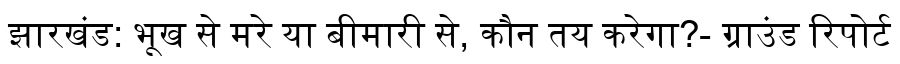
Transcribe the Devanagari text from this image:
झारखंड: भूख से मरे या बीमारी से, कौन तय करेगा?- ग्राउंड रिपोर्ट